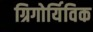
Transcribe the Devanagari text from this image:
ग्रिगोर्यिविक